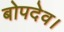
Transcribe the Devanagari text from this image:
बोपदेव।